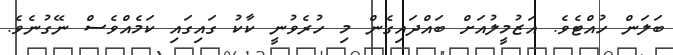
ބަލަން ހުއްޓެވެ. އަޒުމީލުއަށް ބައްދައިގެން މި ހުރެވުނީ ކާކު ގައިގައި ކަމެއްވެސް ނޭގުނެވެ.